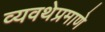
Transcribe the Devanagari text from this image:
व्यवथेप्रमाणे